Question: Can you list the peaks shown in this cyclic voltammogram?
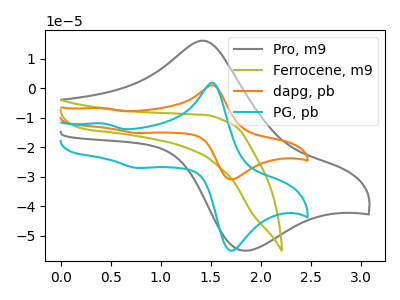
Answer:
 <answer>The gray curve "Pro, m9" has an anodic peak at (1.45V, 16.15uA) and a cathodic peak at (1.85V, -54.95uA). The olive curve "Ferrocene, m9" has no peaks. The orange curve "dapg, pb" has anodic peaks at (1.55V, 1.05uA) (0.45V, -6.70uA) and cathodic peaks at (1.75V, -30.65uA) (0.75V, -15.10uA). The cyan curve "PG, pb" has anodic peaks at (1.55V, 1.85uA) (0.45V, -11.90uA) and cathodic peaks at (1.75V, -54.65uA) (0.75V, -26.95uA).</answer>
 <eval></eval>